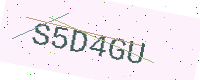
Text: S5D4GU